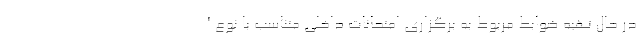
در حال تهیه ضوابط مربوط به برگزاری امتحانات داخلی متناسب با نوع آ